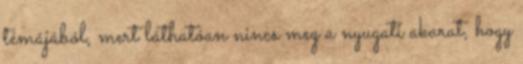
témájából, mert láthatóan nincs meg a nyugati akarat, hogy